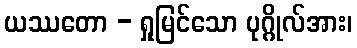
ယဿတော - ရှုမြင်သော ပုဂ္ဂိုလ်အား၊